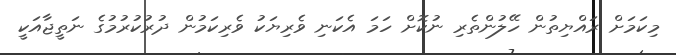
މިކަމަށް ރައްޔިތުން ހޭލުންތެރި ނުކޮށް ހަމަ އެކަނި ވެރިޔަކު ވެރިކަމުން ދުރުކުރުމުގެ ނަތީޖާއަކީ